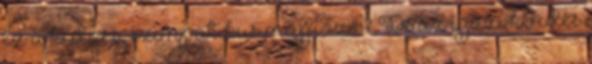
ez a kedves, szimpatikus maffiózó? De az igazi kérdés